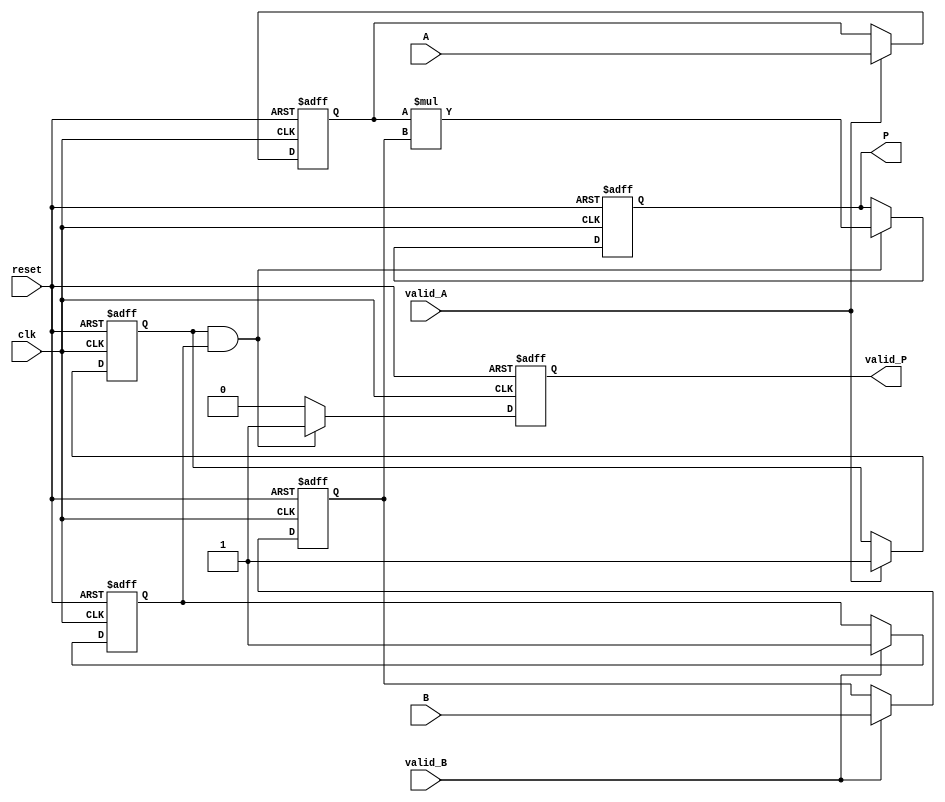
module streaming_multiplier (
    input wire clk,               // Clock signal
    input wire reset,             // Asynchronous reset
    input wire [15:0] A,          // Input stream A (fixed-point)
    input wire [15:0] B,          // Input stream B (fixed-point)
    input wire valid_A,           // Valid signal for input A
    input wire valid_B,           // Valid signal for input B
    output reg [31:0] P,          // Output product (fixed-point)
    output reg valid_P            // Valid signal for output product
);

    reg [15:0] A_reg;             // Register for A
    reg [15:0] B_reg;             // Register for B
    reg valid_A_reg;              // Registered valid signal for A
    reg valid_B_reg;              // Registered valid signal for B

    always @(posedge clk or posedge reset) begin
        if (reset) begin
            A_reg <= 16'b0;
            B_reg <= 16'b0;
            valid_A_reg <= 1'b0;
            valid_B_reg <= 1'b0;
            P <= 32'b0;
            valid_P <= 1'b0;
        end else begin
            // Register the inputs if valid
            if (valid_A) begin
                A_reg <= A;
                valid_A_reg <= 1'b1;
            end
            if (valid_B) begin
                B_reg <= B;
                valid_B_reg <= 1'b1;
            end

            // Perform multiplication when both inputs are valid
            if (valid_A_reg && valid_B_reg) begin
                P <= A_reg * B_reg;   // Perform multiplication
                valid_P <= 1'b1;      // Assert valid product signal
            end else begin
                valid_P <= 1'b0;      // Deassert valid product if not both valid
            end
        end
    end

endmodule